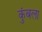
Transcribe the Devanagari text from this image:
कुंबला